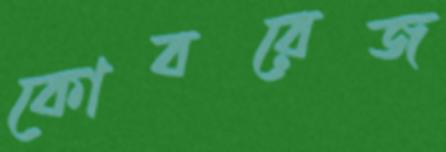
কোবরেজ